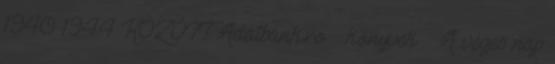
1940–1944 KÖZÖTT Adatbank.ro könyvek A véges nap